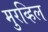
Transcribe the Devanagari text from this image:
मुरव्हिल